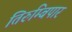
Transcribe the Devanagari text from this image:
तिरुम्बिपार